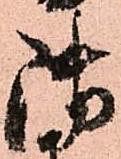
御